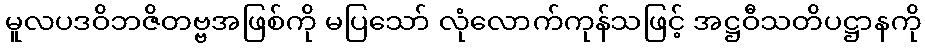
မူလပဒဝိဘဇိတဗ္ဗအဖြစ်ကို မပြသော် လုံလောက်ကုန်သဖြင့် အဋ္ဌဝီသတိပဋ္ဌာနကို